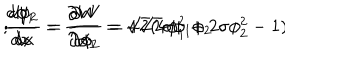
LaTeX: \frac { d \phi _ { 1 } } { d x } = \frac { \partial W } { \partial \phi _ { 1 } } = \sqrt { 2 } ( 4 \phi _ { 1 } ^ { 2 } + 2 \sigma \phi _ { 2 } ^ { 2 } - 1 ) \hspace { 1 c m } ; \hspace { 1 c m } \frac { d \phi _ { 2 } } { d x } = \frac { \partial W } { \partial \phi _ { 2 } } = 4 \sqrt { 2 } \sigma \phi _ { 1 } \phi _ { 2 }